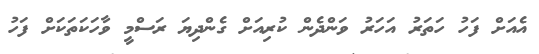
އެއަށް ފަހު ހަތަރު އަހަރު ވަންދެން ކުރިއަށް ގެންދިޔަ ރަސްމީ ވާހަކަތަކަށް ފަހު